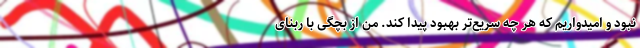
نبود و امیدواریم که هر چه سریع‌تر بهبود پیدا کند. من از بچگی با ربنای